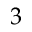
3